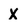
Character: X